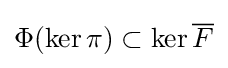
\Phi (\ker \pi )\subset \ker {\overline {F}}